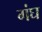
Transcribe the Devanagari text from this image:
गंघ